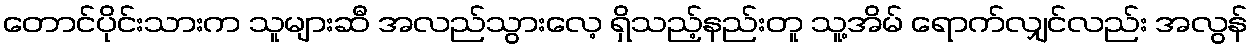
တောင်ပိုင်းသားက သူများဆီ အလည်သွားလေ့ ရှိသည့်နည်းတူ သူ့အိမ် ရောက်လျှင်လည်း အလွန်